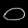
Digit: ၀